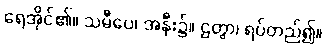
ရေအိုင်၏။ သမီပေ၊ အနီး၌။ ဌတွာ၊ ရပ်တည်၍။